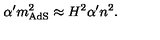
\alpha ^ { \prime } m _ { \mathrm { A d S } } ^ { 2 } \approx H ^ { 2 } \alpha ^ { \prime } n ^ { 2 } .